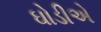
ઘોડીએ